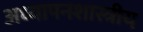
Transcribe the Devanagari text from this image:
अध्यापनशास्त्रीय